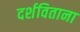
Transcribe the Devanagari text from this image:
दर्शविताना